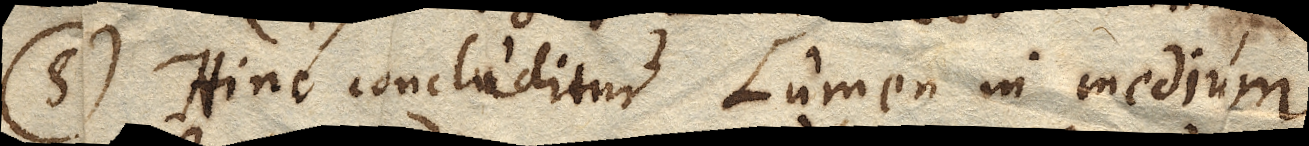
(5) Hinc concluditur Lumen in medium